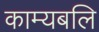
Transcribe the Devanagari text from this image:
काम्यबलि